Civil Veterinary Department. United Provinces 1932-42 - 1932-1942
Year: 1932
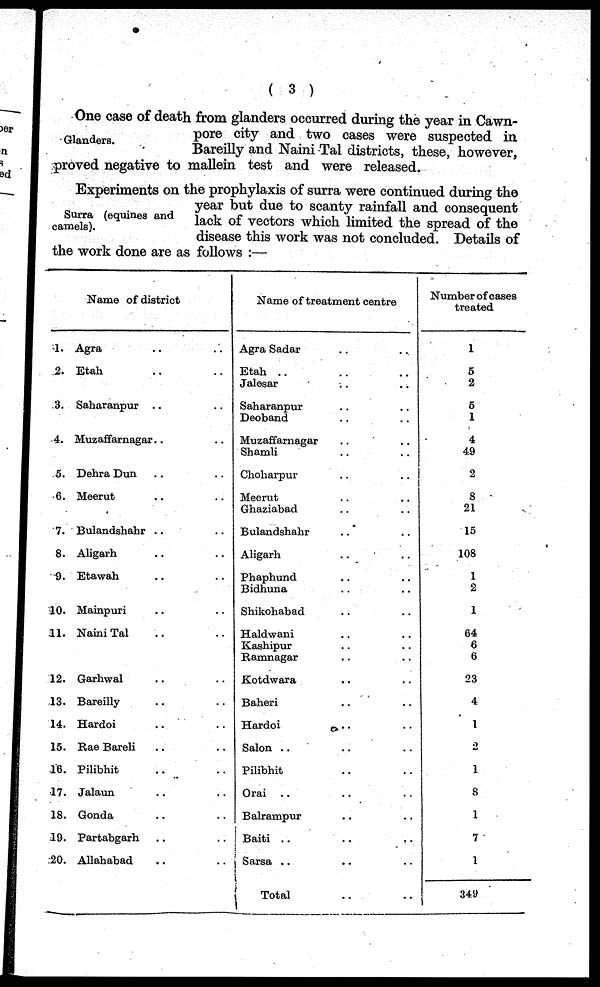
( 3 )
Glanders.
One case of death from glanders occurred during the year in Cawn-
pore city and two cases were suspected in
Bareilly and Naini Tal districts, these, however,
proved negative to mallein test and were released.
Surra (equines and
camels).
Experiments on the prophylaxis of surra were continued during the
year but due to scanty rainfall and consequent
lack of vectors which limited the spread of the
disease this work was not concluded. Details of
the work done are as follows :—
Name of district
1. Agra .. ..
2. Etah .. ..
3. Saharanpur .. ..
4. Muzaffarnagar .. ..
5. Dehra Dun .. ..
6. Meerut .. ..
7. Bulandshahr .. ..
8. Aligarh .. ..
9. Etawah .. ..
10. Mainpuri .. ..
.11. Naini Tal .. ..
12. Garhwal .. ..
13. Bareilly .. ..
14. Hardoi .. ..
15. Rae Bareli .. ..
16. Pilibhit .. ..
17. Jalaun .. ..
18. Gonda .. ..
19. Partabgarh .. ..
20. Allahabad .. ..
Name of treatment centre
Agra Sadar .. ..
Etah .. .. ..
Jalesar .. ..
Saharanpur .. ..
Deoband .. ..
Muzaffarnagar .. ..
Shamli .. ..
Choharpur .. ..
Mecrut .. ..
Ghaziabad .. ..
Bulandshahr .. ..
Aligarh .. ..
Phaphund .. ..
Bidhuna .. ..
Shikohabad .. ..
Haldwani .. ..
Kashipur .. ..
Ramnagar .. ..
Kotdwara .. ..
Baheri .. ..
Hardoi .. ..
Salon
Pilibhit .. ..
Orai .. .. ..
Balrampur .. ..
Baiti .. .. ..
Sarsa .. .. ..
Total .. ..
Number of cases
treated
1
5
2
5
1
4
49
2
8
21
15
108
1
2
1
64
6
6
23
4
1
2
1
8
1
7
1
349